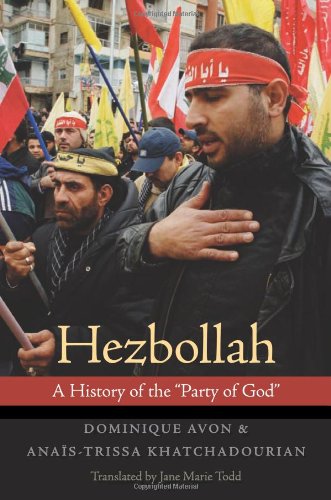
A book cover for Hezbollah: A History of the "Party of God"; Dominique Avon; Religion & Spirituality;